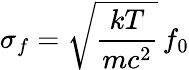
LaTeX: \sigma_{f}={\sqrt{\frac{kT}{mc^{2}}}}\, f_{0}